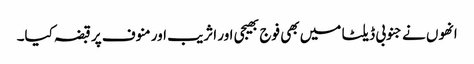
انھوں نے جنوبی ڈیلٹا میں بھی فوج بھیجی اور اثریب اور منوف پر قبضہ کیا۔